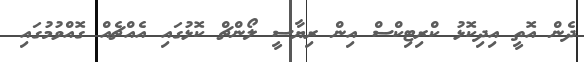
ދެން އޮތީ އިދިކޮޅު ކްރިޓިކްސް އިން ރިޔާސީ ލޯންޗް ކޮޅުގައި އެއްޗެއްް ގޮއްވުމުގައި